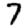
Digit: 7